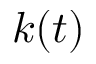
k ( t )